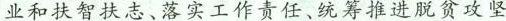
业和扶智扶志、落实工作责任、统筹推进脱贫攻坚